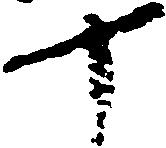
十